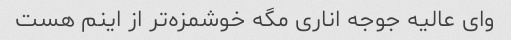
وای عالیه جوجه اناری مگه خوشمزه‌تر از اینم هست